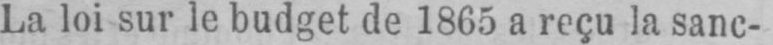
La loi sur le budget de 1865 a reçu la sanc-